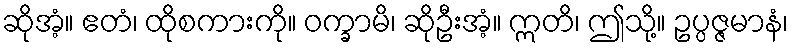
ဆိုအံ့။ ဧတံ၊ ထိုစကားကို။ ဝက္ခာမိ၊ ဆိုဦးအံ့။ ဣတိ၊ ဤသို့။ ဥပ္ပဇ္ဇမာနံ၊